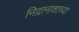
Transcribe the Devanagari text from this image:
निद्रानाशाच्या